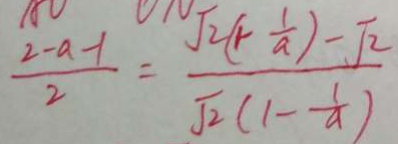
\frac { 2 - a - 1 } { 2 } = \frac { \sqrt { 2 } ( 1 - \frac { 1 } { a } ) - \sqrt { 2 } } { \sqrt { 2 } ( 1 - \frac { 1 } { a } ) }